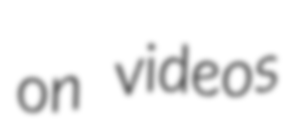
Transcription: on videos